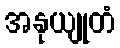
အနုယျုတံ